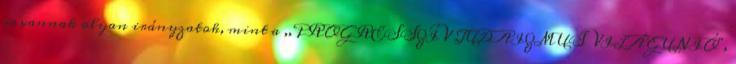
is vannak olyan irányzatok, mint a ,,PROGRESSZÍV JUDAIZMUS VILÁGUNIÓ",